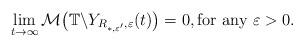
LaTeX: \begin{align*}\lim_{t \to \infty} \mathcal{M} \big(\mathbb{T}\backslash Y_{R_{*,\varepsilon^{\prime}},\varepsilon}(t)\big) = 0, \mbox{for any $\varepsilon>0$}.\end{align*}